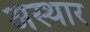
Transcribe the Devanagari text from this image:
अस्थार